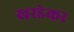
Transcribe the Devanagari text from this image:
खरडेकर